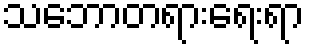
သဘောတရားရေးရာ